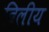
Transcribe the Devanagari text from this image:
दिलीय